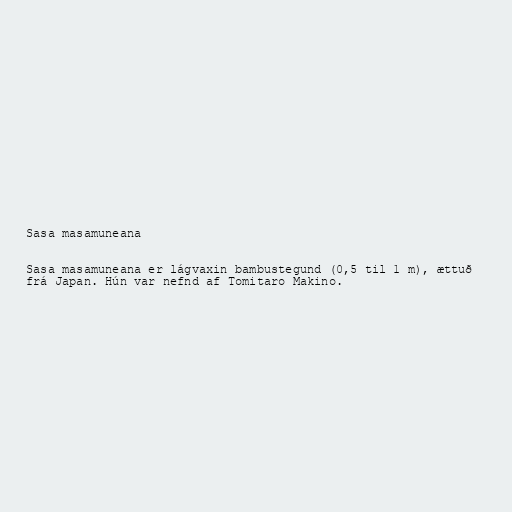
Sasa masamuneana

Sasa masamuneana er lágvaxin bambustegund (0,5 til 1 m), ættuð
frá Japan. Hún var nefnd af Tomitaro Makino.